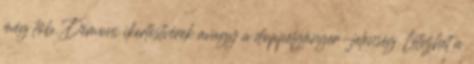
még töb. Démoni ikertestvérek avagy a doppelgänger-jelenség Létezhet a